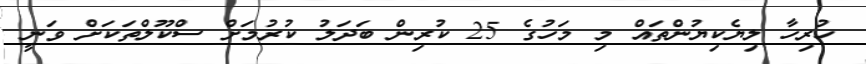
ހުރިހާ ލިޔެކިޔުންތައް މި މަހުގެ 25 ކުރިން ބަދަލު ކުރުމަށް ސްކޫލްތަކަށް ވަނީ